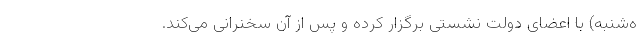
ه‌شنبه) با اعضای دولت نشستی برگزار کرده و پس از آن سخنرانی می‌کند.